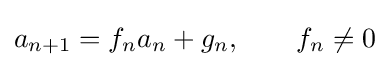
a_{n+1}=f_{n}a_{n}+g_{n},\qquad f_{n}\neq 0